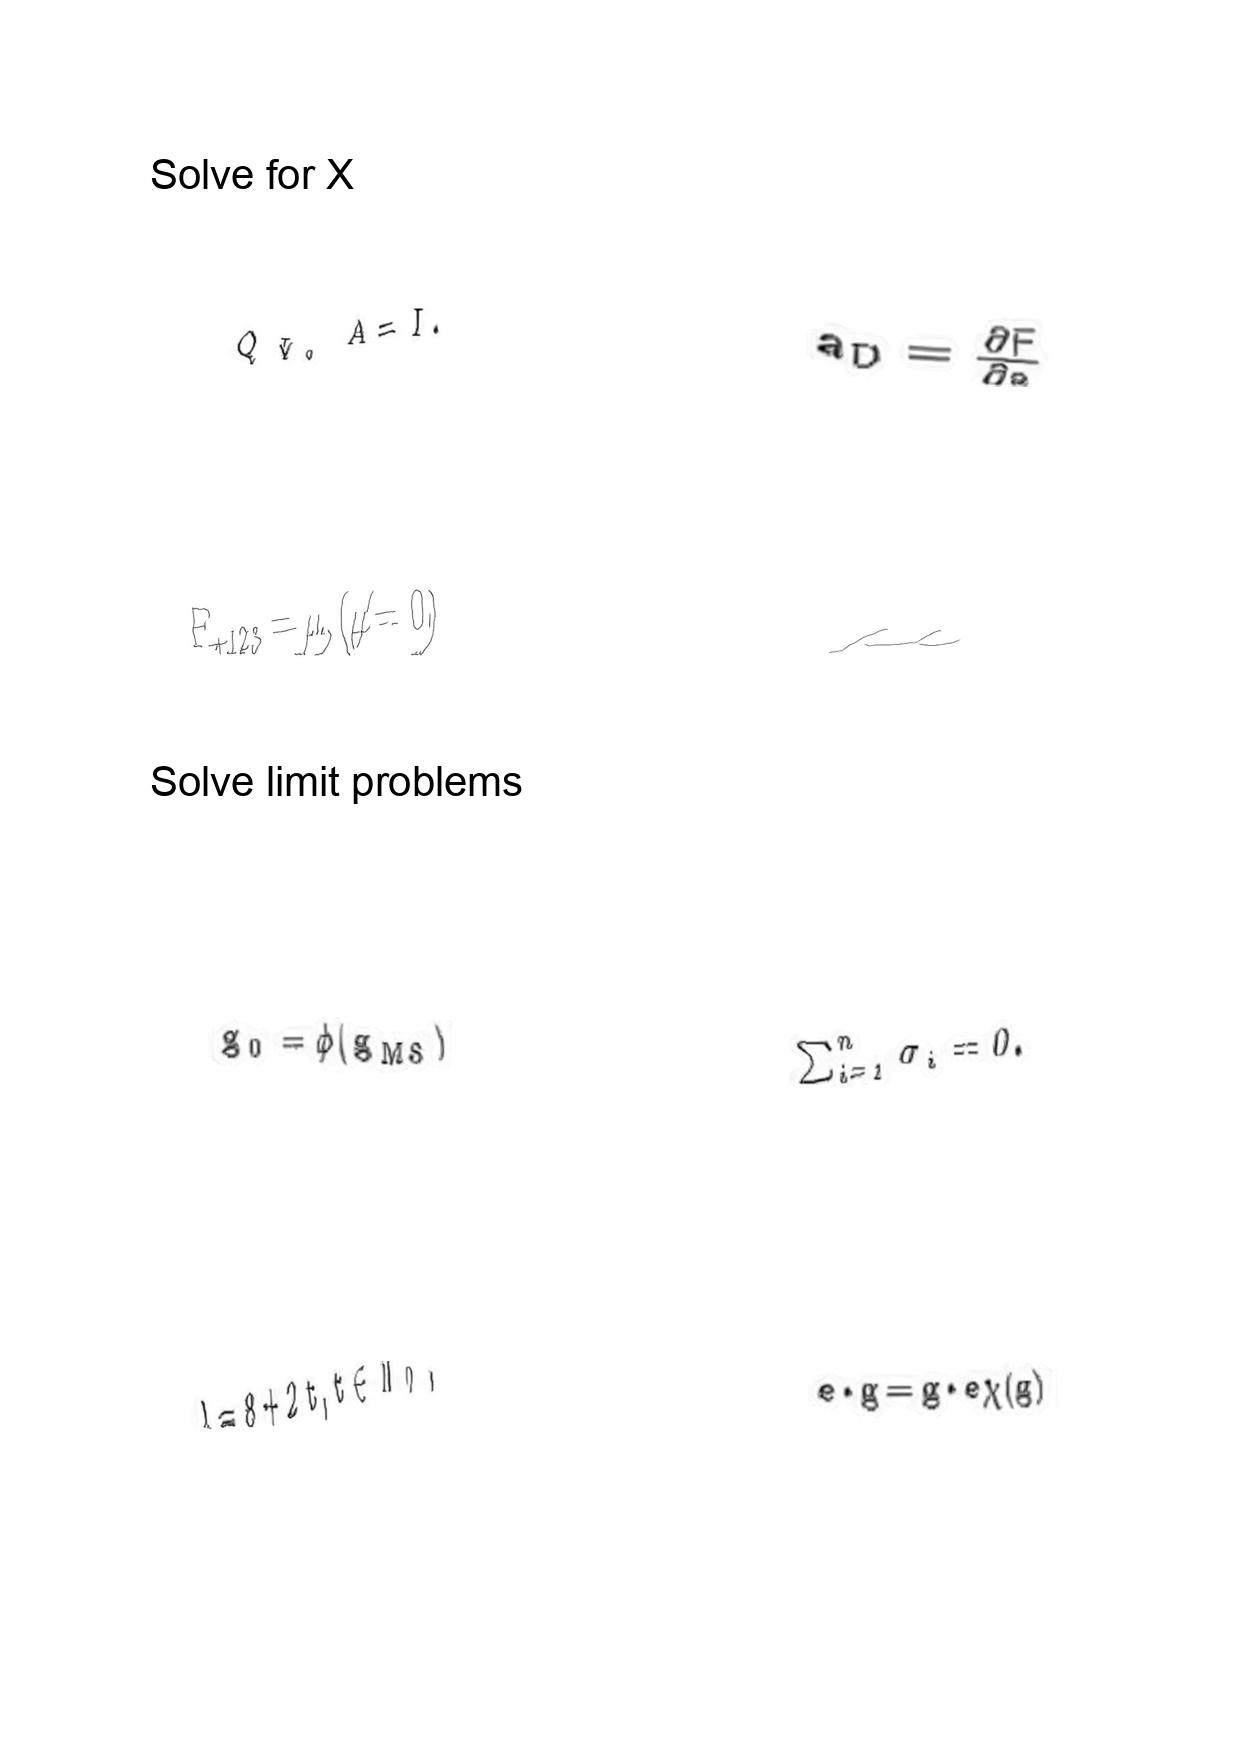
LaTeX transcription:
Q _ { \Psi _ { 0 } } A = I .
F _ { + 1 2 3 } = \mu , \lparen \mu \neq 0 \rparen
g _ { 0 } = \phi \lparen g _ { M S } \rparen
\lambda = 8 + 2 t , t \in N _ { 0 } ,
a _ { D } = \frac { \partial F } { \partial a }
\mu
\sum _ { i = 1 } ^ { n } \sigma _ { i } = 0 .
e \cdot g = g \cdot e \chi \lparen g \rparen